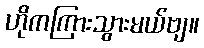
ဟိုကကြားသွားမယ်ဗျ။